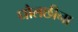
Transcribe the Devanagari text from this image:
धौलछीना